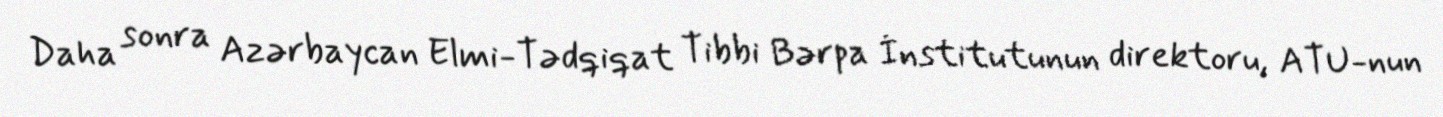
Daha sonra Azərbaycan Elmi-Tədqiqat Tibbi Bərpa İnstitutunun direktoru, ATU-nun